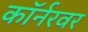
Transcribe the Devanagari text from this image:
काॅर्नरवर